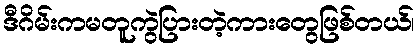
ဒီဂိမ်းကမတူကွဲပြားတဲ့ကားတွေဖြစ်တယ်၊